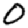
Digit: 0